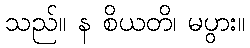
သည်။ န စိယတိ၊ မပွား။